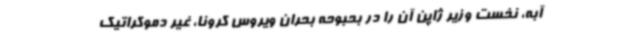
آبه، نخست وزیر ژاپن آن را در بحبوحه بحران ویروس کرونا، غیر دموکراتیک